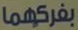
بفركها